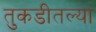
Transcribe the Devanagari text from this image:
तुकडीतल्या